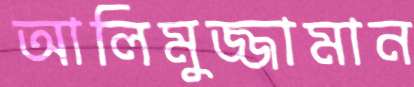
আলিমুজ্জামান